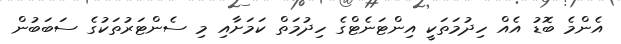
އެންމެ ބޮޑު އެއް ހިދުމަތަކީ އިންޓަނެޓްގެ ހިދުމަތް ކަމަށާއި މި ސެންޓަރުތަކުގެ ސަބަބުން